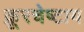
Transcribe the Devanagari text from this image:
क्रूरचेष्टाय